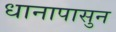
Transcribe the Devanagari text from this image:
धानापासुन